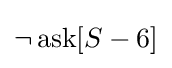
\neg \operatorname {ask} [S-6]